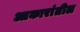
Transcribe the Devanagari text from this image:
आकारांतील